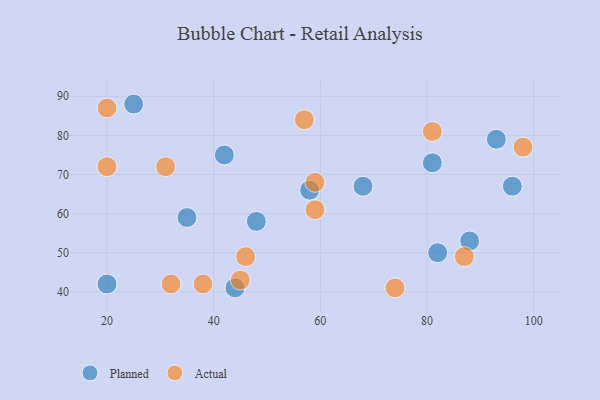
{"axis": {"x": "GDP", "y": "Life Expectancy"}, "legend": ["Actual", "Planned"], "data": [{"x": "68", "y": 67, "type": "Planned"}, {"x": "44", "y": 41, "type": "Planned"}, {"x": "25", "y": 88, "type": "Planned"}, {"x": "93", "y": 79, "type": "Planned"}, {"x": "82", "y": 50, "type": "Planned"}, {"x": "35", "y": 59, "type": "Planned"}, {"x": "58", "y": 66, "type": "Planned"}, {"x": "88", "y": 53, "type": "Planned"}, {"x": "20", "y": 42, "type": "Planned"}, {"x": "81", "y": 73, "type": "Planned"}, {"x": "42", "y": 75, "type": "Planned"}, {"x": "96", "y": 67, "type": "Planned"}, {"x": "48", "y": 58, "type": "Planned"}, {"x": "38", "y": 42, "type": "Actual"}, {"x": "98", "y": 77, "type": "Actual"}, {"x": "32", "y": 42, "type": "Actual"}, {"x": "20", "y": 87, "type": "Actual"}, {"x": "81", "y": 81, "type": "Actual"}, {"x": "20", "y": 72, "type": "Actual"}, {"x": "46", "y": 49, "type": "Actual"}, {"x": "59", "y": 68, "type": "Actual"}, {"x": "74", "y": 41, "type": "Actual"}, {"x": "87", "y": 49, "type": "Actual"}, {"x": "45", "y": 43, "type": "Actual"}, {"x": "31", "y": 72, "type": "Actual"}, {"x": "57", "y": 84, "type": "Actual"}, {"x": "59", "y": 61, "type": "Actual"}]}